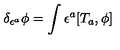
\delta _ { \epsilon ^ { a } } \phi = \int \epsilon ^ { a } [ T _ { a } , \phi ]